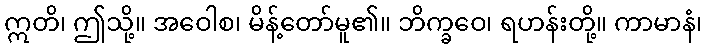
ဣတိ၊ ဤသို့။ အဝေါစ၊ မိန့်တော်မူ၏။ ဘိက္ခဝေ၊ ရဟန်းတို့။ ကာမာနံ၊